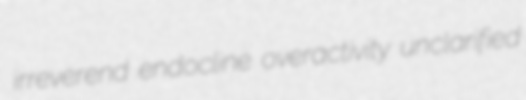
irreverend endocline overactivity unclarified